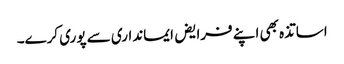
اساتذہ بھی اپنے فرایض ایمانداری سے پوری کرے۔